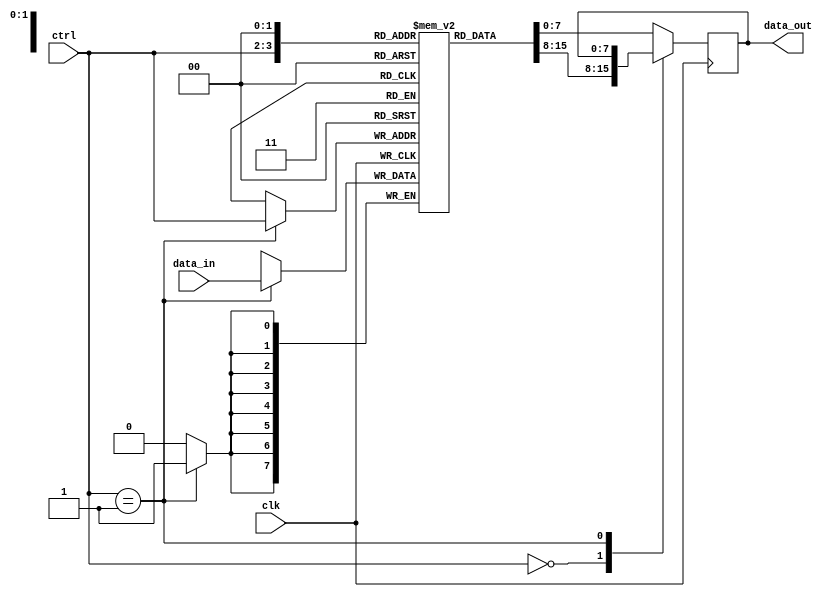
module io_buffer_mux_demux (
  input wire clk, // Clock signal
  input wire [1:0] ctrl, // Control signal
  input wire [7:0] data_in, // Input data signal
  output reg [7:0] data_out // Output data signal
);

reg [7:0] buffer[3:0]; // Data buffer with 4 storage elements

always @(posedge clk) begin
  case (ctrl)
    2'b00: begin // Mux mode
      data_out <= buffer[ctrl];
    end
    2'b01: begin // Demux mode
      buffer[ctrl] <= data_in;
    end
    default: begin // Default mode
      data_out <= buffer[0];
    end
  endcase
end

endmodule